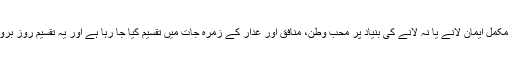
افراد کو ریاستی بیانیے پر مکمل ایمان لانے یا نہ لانے کی بنیاد پر محب وطن، منافق اور غدار کے زمرہ جات میں تقسیم کیا جا رہا ہے اور یہ تقسیم روز بروز بڑھتی چلی جا رہی ہے۔